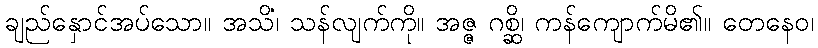
ချည်နှောင်အပ်သော။ အသိံ၊ သန်လျက်ကို။ အဇ္ဇ ဂစ္ဆိ၊ ကန်ကျောက်မိ၏။ တေနေဝ၊